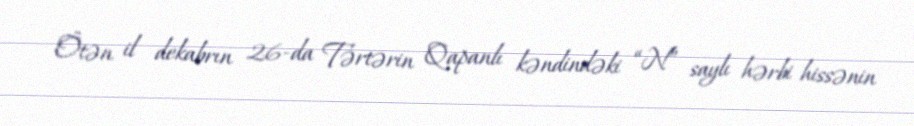
Ötən il dekabrın 26-da Tərtərin Qapanlı kəndindəki “N” saylı hərbi hissənin